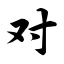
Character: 对